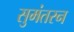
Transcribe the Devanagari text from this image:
सुमंतरन